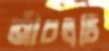
আঁচলটি